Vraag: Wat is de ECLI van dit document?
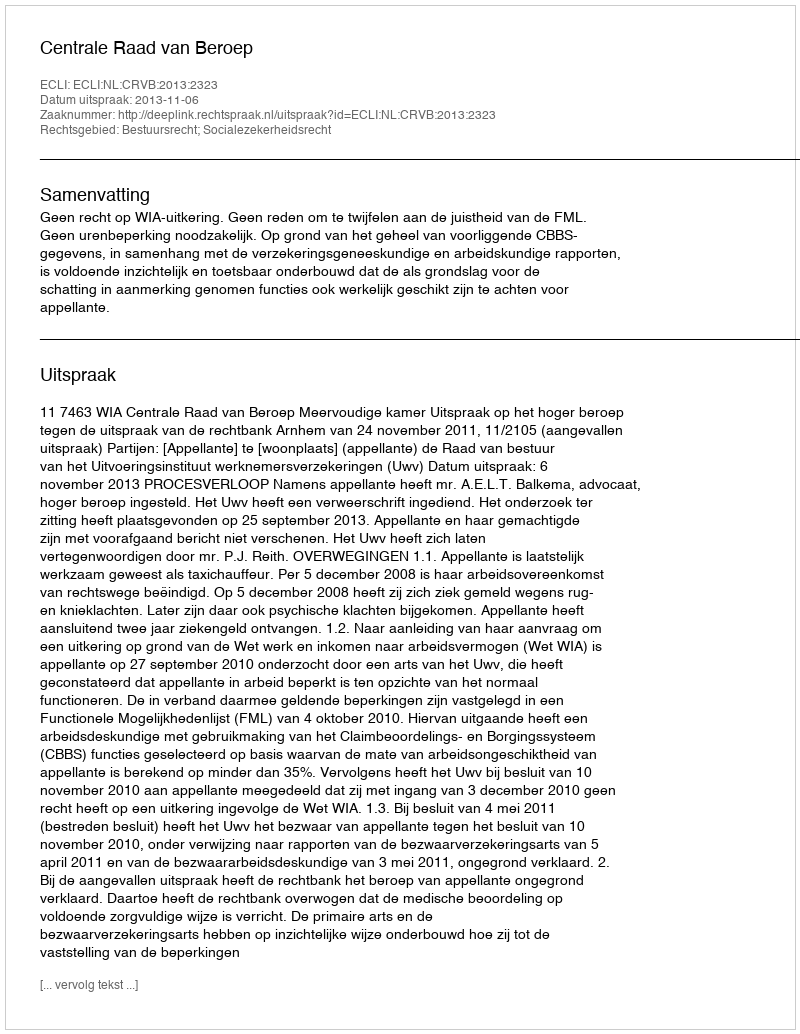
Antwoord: ECLI:NL:CRVB:2013:2323